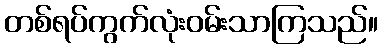
တစ်ရပ်ကွက်လုံးဝမ်းသာကြသည်။